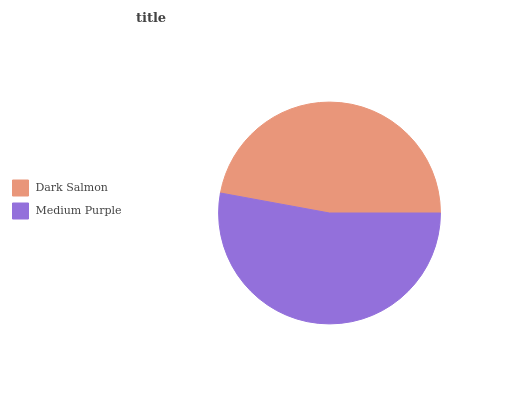
| Dark Salmon | Medium Purple |
 | --- | --- |
 | 47.1% | 52.9% |